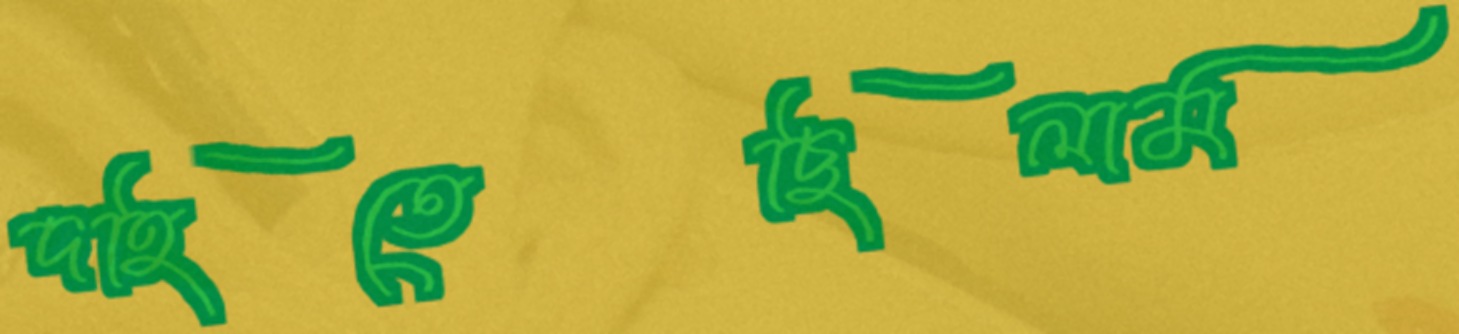
দহিতেছিলাম